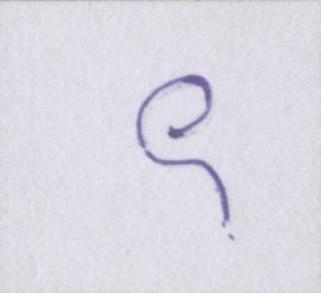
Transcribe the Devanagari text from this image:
९